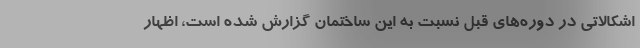
اشکالاتی در دوره‌های قبل نسبت به این ساختمان گزارش شده است، اظهار